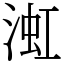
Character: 渱